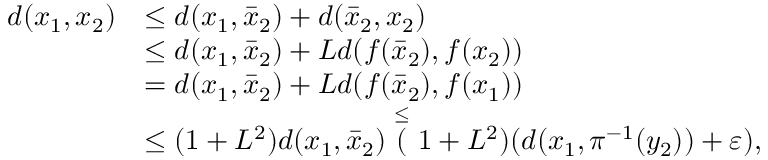
\begin{array} { r l } { d ( x _ { 1 } , x _ { 2 } ) } & { \leq d ( x _ { 1 } , \bar { x } _ { 2 } ) + d ( \bar { x } _ { 2 } , x _ { 2 } ) } \\ & { \leq d ( x _ { 1 } , \bar { x } _ { 2 } ) + L d ( f ( \bar { x } _ { 2 } ) , f ( x _ { 2 } ) ) } \\ & { = d ( x _ { 1 } , \bar { x } _ { 2 } ) + L d ( f ( \bar { x } _ { 2 } ) , f ( x _ { 1 } ) ) } \\ & { \leq ( 1 + L ^ { 2 } ) d ( x _ { 1 } , \bar { x } _ { 2 } ) \stackrel { \leq } ( 1 + L ^ { 2 } ) ( d ( x _ { 1 } , \pi ^ { - 1 } ( y _ { 2 } ) ) + \varepsilon ) , } \end{array}